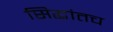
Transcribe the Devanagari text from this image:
सिद्धांतच